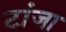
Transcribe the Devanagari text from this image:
टांजा